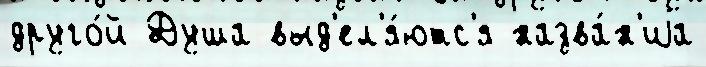
друго́й Душа выд'ел'я́ютс'я назва́н'иjа